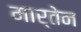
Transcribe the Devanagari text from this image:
मार्तेन